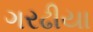
ગરઢીયા